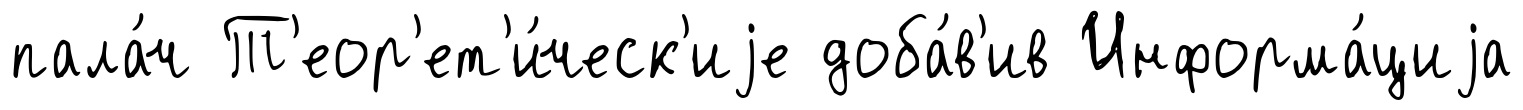
пала́ч Т'еор'ет'и́ческ'иjе доба́в'ив Информа́циjа